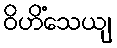
ဝိဟိံသေယျ